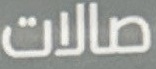
صالات